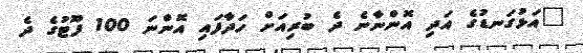
"އަޅުގަނޑުގެ އަދި އޮންނާނެ ދެ ބުރިއަށް ހަދާފައި އޮންނަ 100 ފޫޓުގެ ދެ